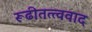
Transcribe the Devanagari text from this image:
रूढीतत्त्ववाद